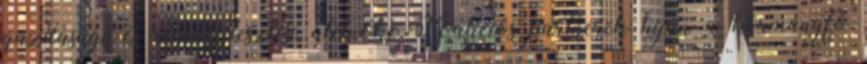
gazdasági és régiófejlesztési alelnöke Koalíciós partnerek híján a kormányfő